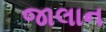
જાલાન